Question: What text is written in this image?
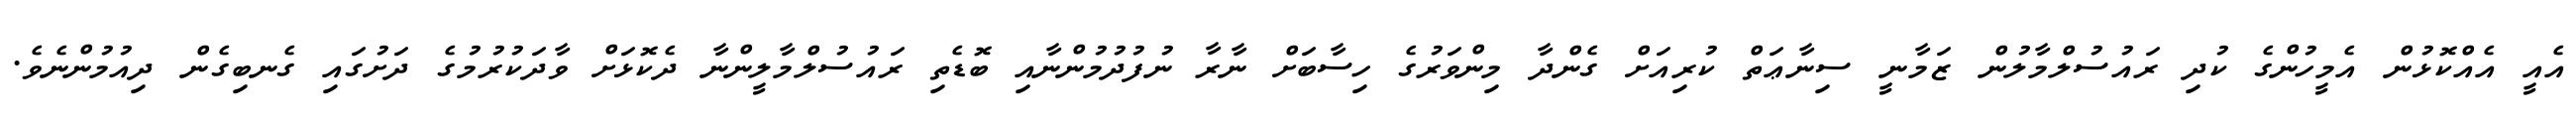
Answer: އެއީ އެއްކޮޅުން އެމީހުންގެ ކުދި ރައުސުލްމާލުން ޒަމާނީ ސިނާޢަތް ކުރިއަށް ގެންދާ މިންވަރުގެ ހިސާބަށް ނާރާ ނުފުދުމުންނާއި ބޮޑެތި ރައުސުލްމާލީންނާ ދެކޮޅަށް ވާދަކުރުމުގެ ދަށުގައި ގެނބިގެން ދިއުމުންނެވެ.